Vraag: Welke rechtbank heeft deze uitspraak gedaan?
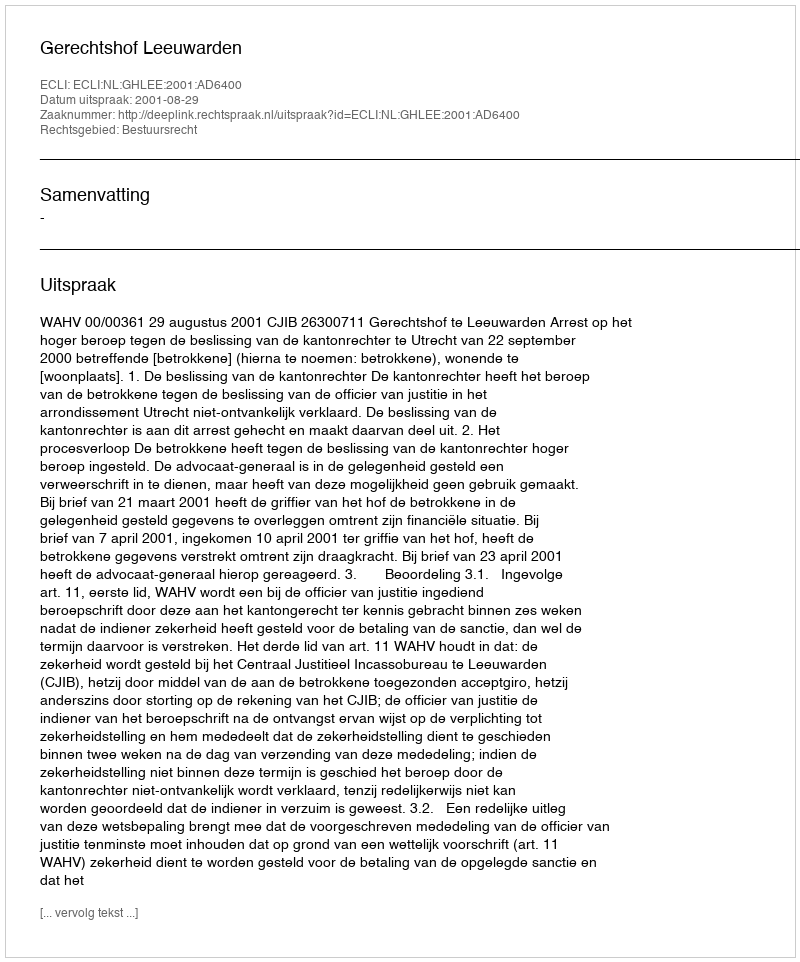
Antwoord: Gerechtshof Leeuwarden